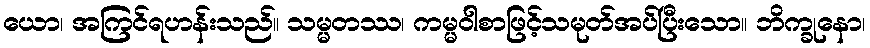
ယော၊ အကြင်ရဟန်းသည်။ သမ္မတဿ၊ ကမ္မဝါစာဖြင့်သမုတ်အပ်ပြီးသော။ ဘိက္ခုနော၊